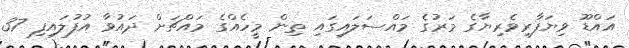
އައްޑޫ ވިޔަފާރިވެރިޔާގެ މަރުގެ މައްސަލައިގައި ތިން މީހެއްގެ މައްޗަށް ދައުވާ އުފުލައިފި 37